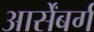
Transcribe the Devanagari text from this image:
आर्सेंबर्ग